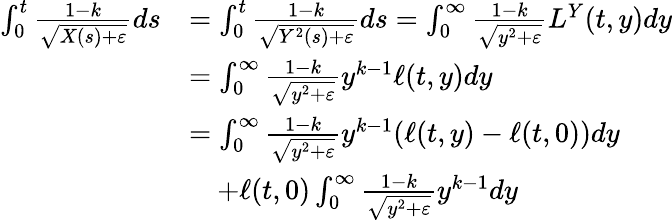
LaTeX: \begin{array}{rl}{\int_{0}^{t}\frac{1-k}{\sqrt{X(s)+\varepsilon}}ds}&{=\int_{0}^{t}\frac{1-k}{\sqrt{Y^{2}(s)+\varepsilon}}ds=\int_{0}^{\infty}\frac{1-k}{\sqrt{y^{2}+\varepsilon}}L^{Y}(t,y)dy}\\ &{=\int_{0}^{\infty}\frac{1-k}{\sqrt{y^{2}+\varepsilon}}y^{k-1}\ell(t,y)dy}\\ &{=\int_{0}^{\infty}\frac{1-k}{\sqrt{y^{2}+\varepsilon}}y^{k-1}(\ell(t,y)-\ell(t,0))dy}\\ &{\quad+\ell(t,0)\int_{0}^{\infty}\frac{1-k}{\sqrt{y^{2}+\varepsilon}}y^{k-1}dy}\end{array}